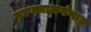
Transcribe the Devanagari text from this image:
गुरुत्त्वाकर्षणात